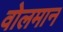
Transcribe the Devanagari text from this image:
वोलमान